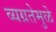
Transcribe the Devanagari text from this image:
व्यग्रतेमुळे